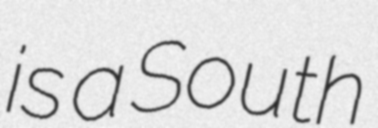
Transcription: is a South